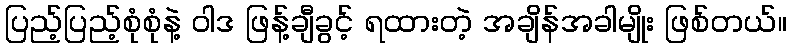
ပြည့်ပြည့်စုံစုံနဲ့ ဝါဒ ဖြန့်ချီခွင့် ရထားတဲ့ အချိန်အခါမျိုး ဖြစ်တယ်။